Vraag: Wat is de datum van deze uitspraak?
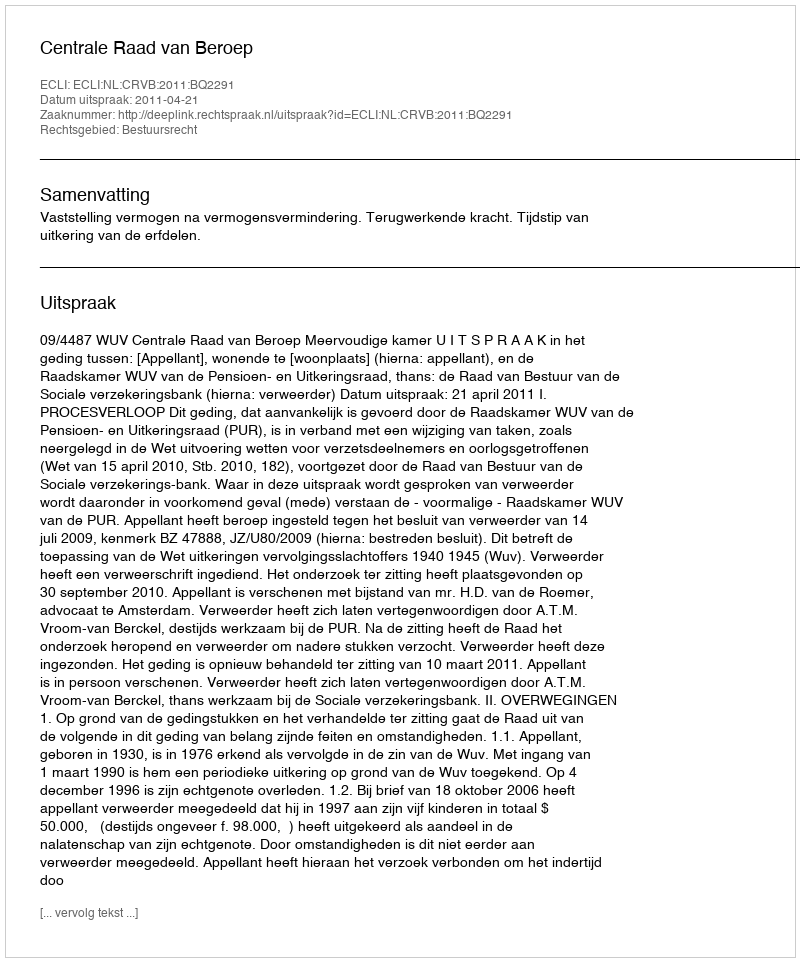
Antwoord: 2011-04-21